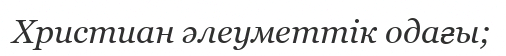
Христиан әлеуметтік одағы;